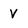
Character: v